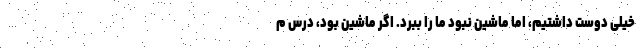
خیلی دوست داشتیم، اما ماشین نبود ما را ببرد. اگر ماشین بود، درس م